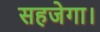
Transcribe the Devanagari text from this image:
सहजेगा।